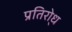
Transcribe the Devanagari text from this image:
प्रतिरो्ध